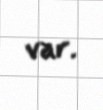
var.